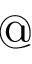
@